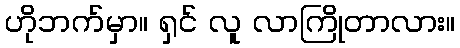
ဟိုဘက်မှာ။ ရှင် လူ လာကြိုတာလား။